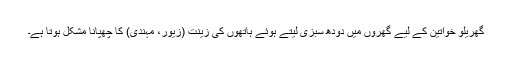
گھریلو خواتین کے لیے گھروں میں دودھ سبزی لیتے ہوئے ہاتھوں کی زینت (زیور، مہندی) کا چھپانا مشکل ہوتا ہے۔